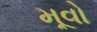
મૂવો